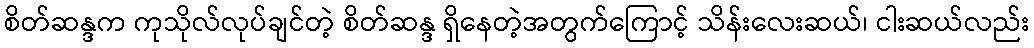
စိတ်ဆန္ဒက ကုသိုလ်လုပ်ချင်တဲ့ စိတ်ဆန္ဒ ရှိနေတဲ့အတွက်ကြောင့် သိန်းလေးဆယ်၊ ငါးဆယ်လည်း